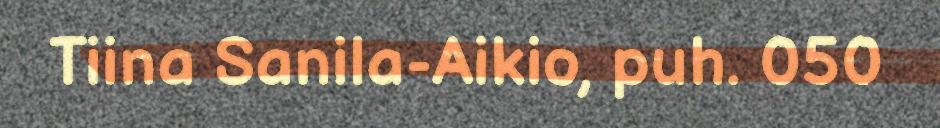
Tiina Sanila-Aikio, puh. 050